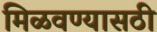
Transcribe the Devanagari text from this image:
मिळवण्यासठी